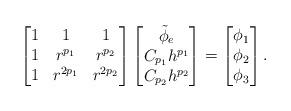
LaTeX: \begin{align*} \begin{bmatrix} 1 & 1 & 1 \\ 1 & r^{p_1} & r^{p_2} \\ 1 & r^{2p_1} & r^{2p_2} \end{bmatrix} \begin{bmatrix} \Tilde{\phi}_{e} \\ C_{p_1}h^{p_1} \\ C_{p_2}h^{p_2} \end{bmatrix} &= \begin{bmatrix} \phi_1 \\ \phi_2 \\ \phi_3 \end{bmatrix}.\end{align*}